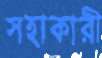
সহাকারী